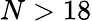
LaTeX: N>18